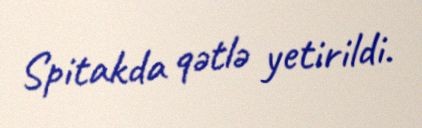
Spitakda qətlə yetirildi.